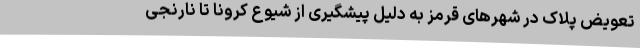
تعویض پلاک در شهرهای قرمز به دلیل پیشگیری از شیوع کرونا تا نارنجی